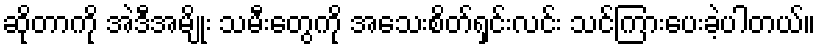
ဆိုတာကို အဲဒီအမျိုး သမီးတွေကို အသေးစိတ်ရှင်းလင်း သင်ကြားပေးခဲ့ပါတယ်။